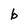
Character: b